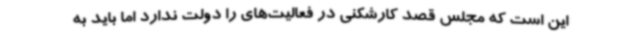
این است که مجلس قصد کارشکنی در فعالیت‌های را دولت ندارد اما باید به